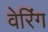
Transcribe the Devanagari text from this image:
वेरिंग